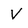
Character: V